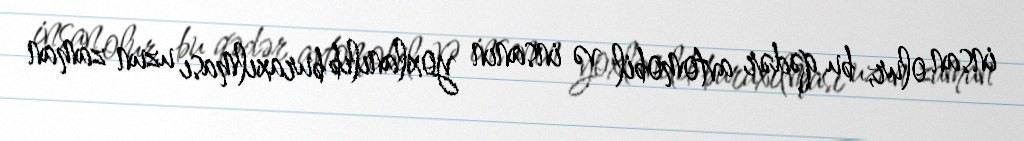
insan olur, bu qədər avtomobil və insanın yoxlanılıb buraxılması uzun zaman